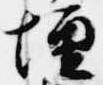
壇